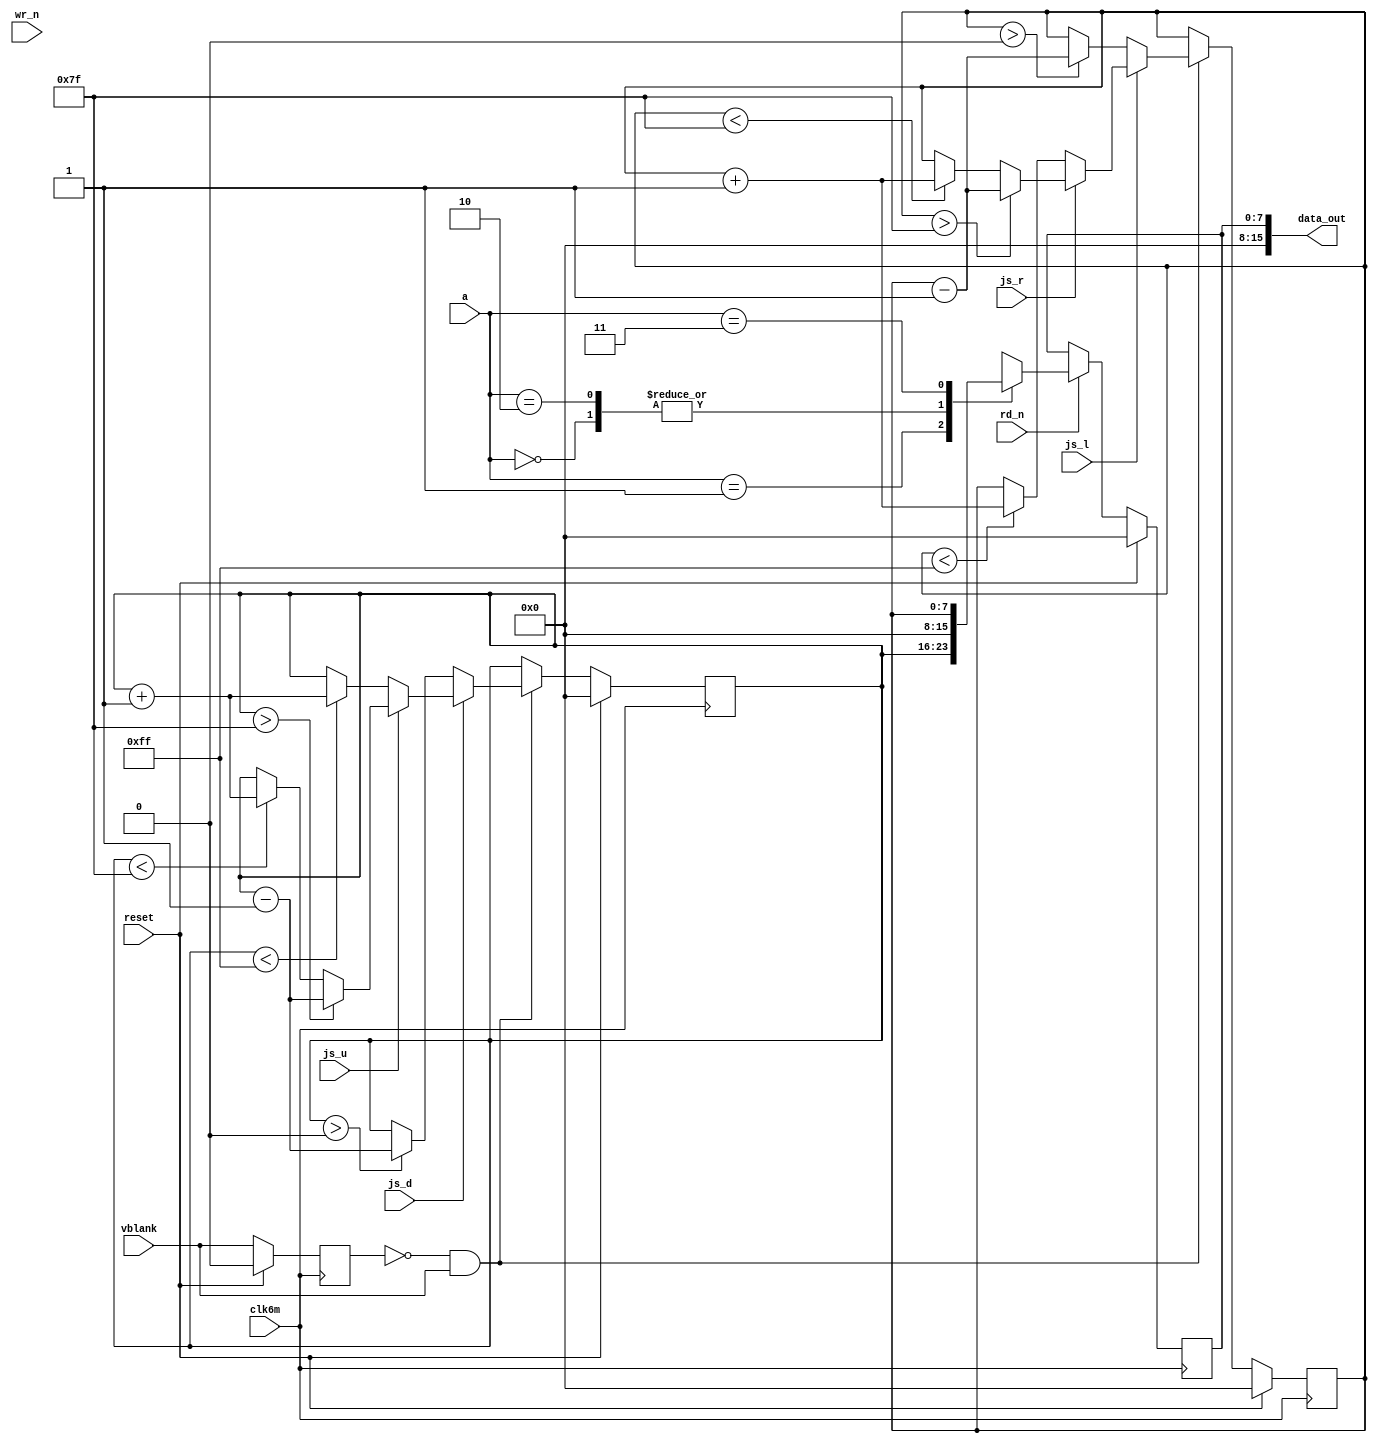
//
// fake the analog joystick using a 4 position joystick
//

module joystick(
		input 	      clk6m,
		input 	      reset,
		input 	      vblank,
		input 	      js_l,
		input 	      js_r,
		input 	      js_u,
		input 	      js_d,
		input [1:0]   a,
		input 	      wr_n,
		input 	      rd_n,
		output [15:0] data_out
		);

   reg [7:0] horiz, vert;
   reg [7:0] out;
   reg 	     hist;
   wire      rise;
   
   always @(posedge clk6m)
     if (reset)
       hist <= 0;
     else
       hist <= vblank;

   assign rise = ~hist & vblank;

   always @(negedge clk6m)
     if (reset)
       horiz <= 0;
     else
       if (rise)
	 begin
	    if (~js_l)
	      begin
		 if (horiz > 0)
		   horiz <= horiz - 8'd1;
	      end
	    else
	      if (~js_r)
		begin
		 if (horiz < 255)
		   horiz <= horiz + 8'd1;
		end
	      else
		// centered
		begin
		   if (horiz > 127)
		     horiz <= horiz - 8'd1;
		   else
		     if (horiz < 127)
		       horiz <= horiz + 8'd1;
		end
	 end // if (rise)
   
   
   always @(negedge clk6m)
     if (reset)
       vert <= 0;
     else
       if (rise)
	 begin
	    if (~js_d)
	      begin
		 if (vert > 0)
		   vert <= vert - 8'd1;
	      end
	    else
	      if (~js_u)
		begin
		 if (vert < 255)
		   vert <= vert + 8'd1;
		end
	      else
		// centered
		begin
		   if (vert > 127)
		     vert <= vert - 8'd1;
		   else
		     if (vert < 127)
		       vert <= vert + 8'd1;
		end
	 end // if (rise)
   
   // i/o read
   always @(posedge clk6m)
     if (reset)
       out <= 0;
     else
       if (rd_n)
	 begin
	    case (a)
	      2'b00: out <= 0;
	      2'b01: out <= vert;
	      2'b10: out <= 0;
	      2'b11: out <= horiz;
	    endcase
	 end

   assign data_out = { 8'b0, out };
   
endmodule